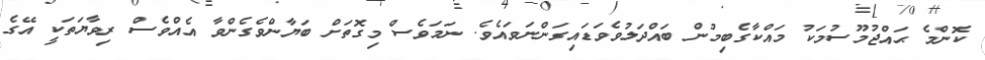
ކޮންމެ ޙައްޖުމޫސުމަކު މައްކާގެބިމުން ބައްދަލުވެވަޑައިގަންނަވައެވެ. ނަމަވެސް މިގޮތަށް ބަޔާންވެގެންވާ އެއްވެސް ރިވާޔަތަކީ އޭގެ